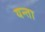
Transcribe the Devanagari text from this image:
यन्ता